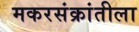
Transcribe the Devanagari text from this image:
मकरसंक्रांतीला